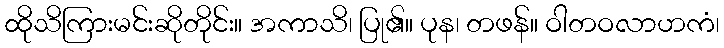
ထိုသိကြားမင်းဆိုတိုင်း။ အကာသိ၊ ပြု၏။ ပုန၊ တဖန်။ ဝါတဝလာဟကံ၊